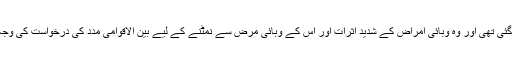
تاہم ایران کو استثنیٰ دی گئی تھی اور وہ وبائی امراض کے شدید اثرات اور اس کے وبائی مرض سے نمٹنے کے لیے بین الاقوامی مدد کی درخواست کی وجہ سے اس میں شامل تھا۔